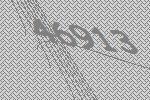
46913